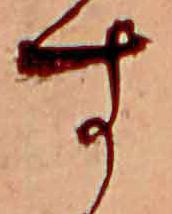
す